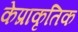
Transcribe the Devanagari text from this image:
केप्राकृतिक